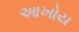
આખોય